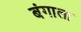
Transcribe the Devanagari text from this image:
बंगाला